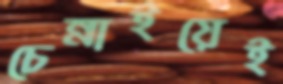
চেন্নাইয়েই